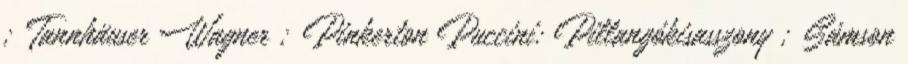
; Tannhäuser Wagner ; Pinkerton Puccini: Pillangókisasszony ; Sámson